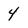
Character: 4